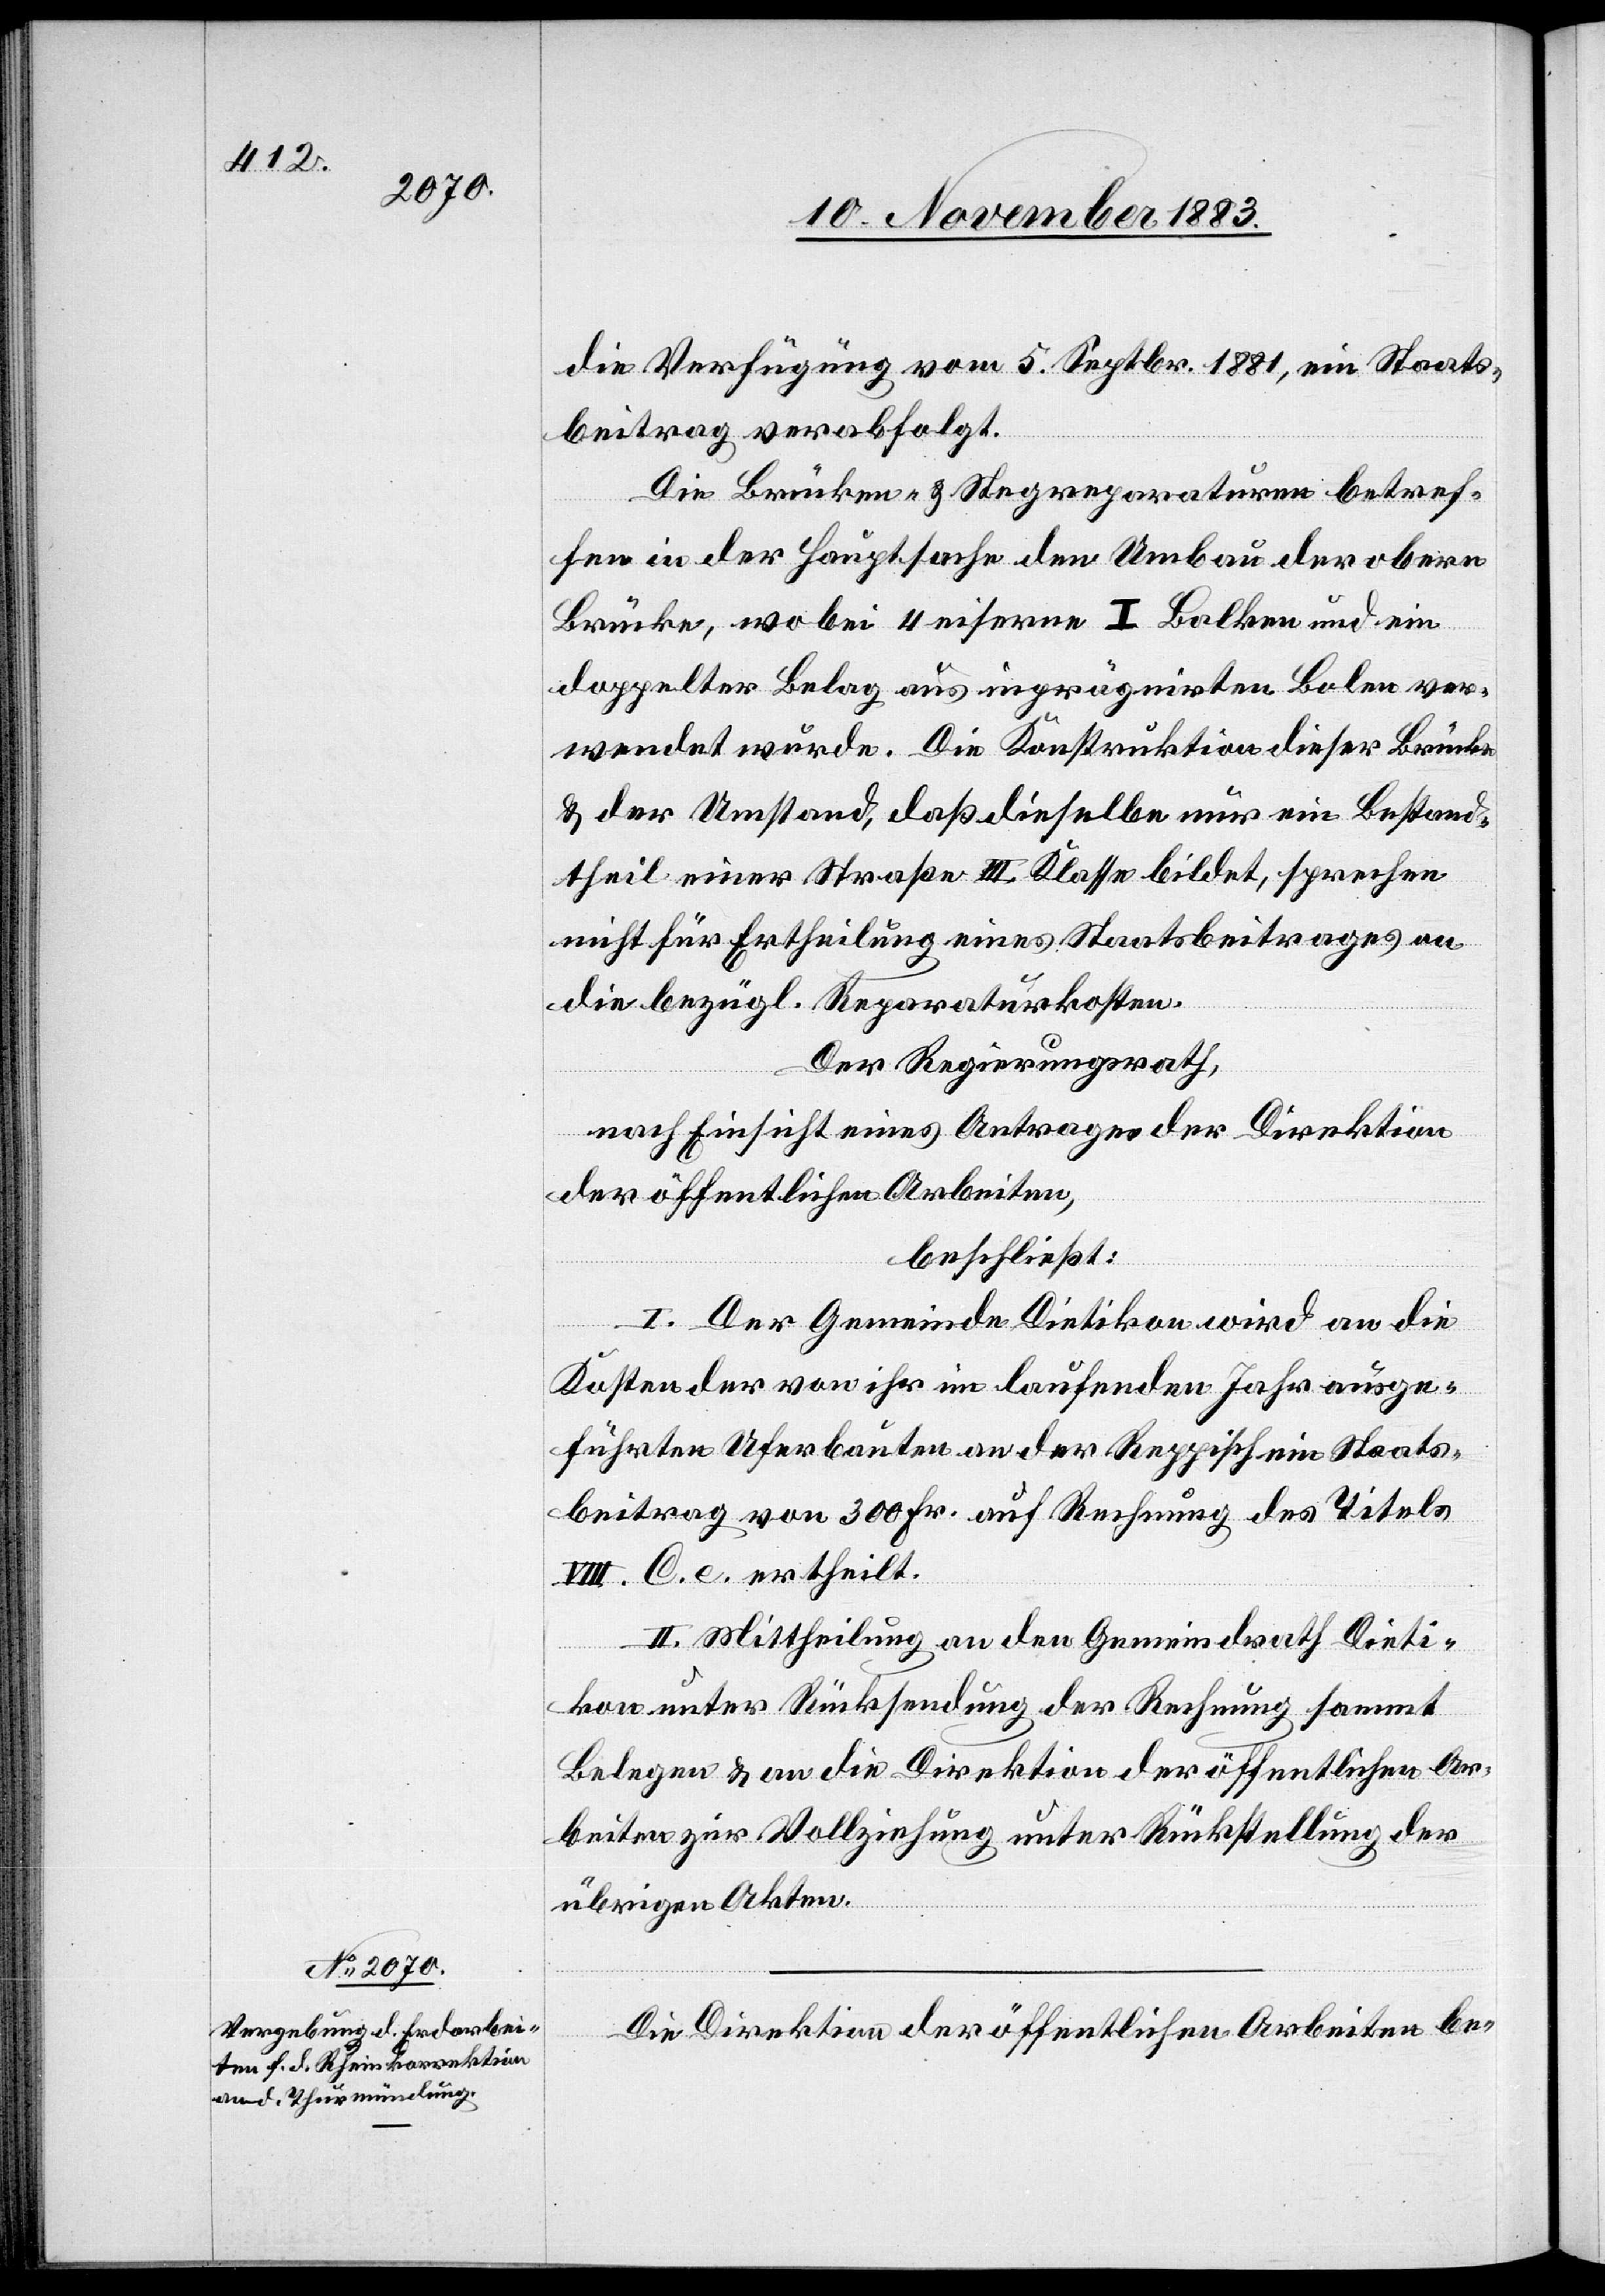
die Verfügung vom 5. Septbr. 1881 ein Staats¬
beitrag verabfolgt
Die Brücken & Stegreparaturen betref¬
fen in der Hauptsache den Umbau der obern
doppelter Belag aus imprägnirten Bolen ver¬
wendet wurde. Die Konstruktion dieser Brücke
& der Umstand, daß dieselbe nur ein Bestand¬
theil einer Straße II. Klasse bildet, sprechen
nicht für Ertheilung eines Staatsbeitrages an
die bezügl. Reparaturkosten.
Der Regierungsrath,
und
nach Einsicht eines Antrages der Direktion
der öffentlichen Arbeiten,
beschließt:
I. Der Gemeinde Dietikon wird an die
Kosten der von ihr im laufenden Jahr ausge¬
führten Uferbauten an der Reppisch ein Staats¬
beitrag von 300 Fr. auf Rechnung des Titels
VIII. C. e ertheilt.
II. Mittheilung an den Gemeindrath Dieti¬
kon unter Rücksendung der Rechnung sammt
Belegen & an die Direktion der öffentlichen Ar¬
beiten zur Vollziehung unter Rückstellung der
ein
übrigen Akten.
Die Direktion der öffentlichen Arbeiten be-